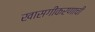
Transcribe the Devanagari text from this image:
खासगीकरणाची